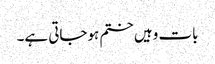
بات وہیں ختم ہوجاتی ہے۔